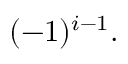
( - 1 ) ^ { i - 1 } .